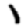
Digit: 1